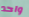
واحد